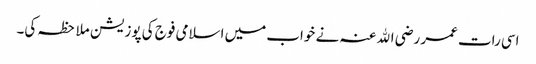
اسی رات عمر رضی اﷲ عنہ نے خواب میں اسلامی فوج کی پوزیشن ملاحظہ کی۔